Indian journal of veterinary science and animal husbandry - Volume 6,
Year: 1936
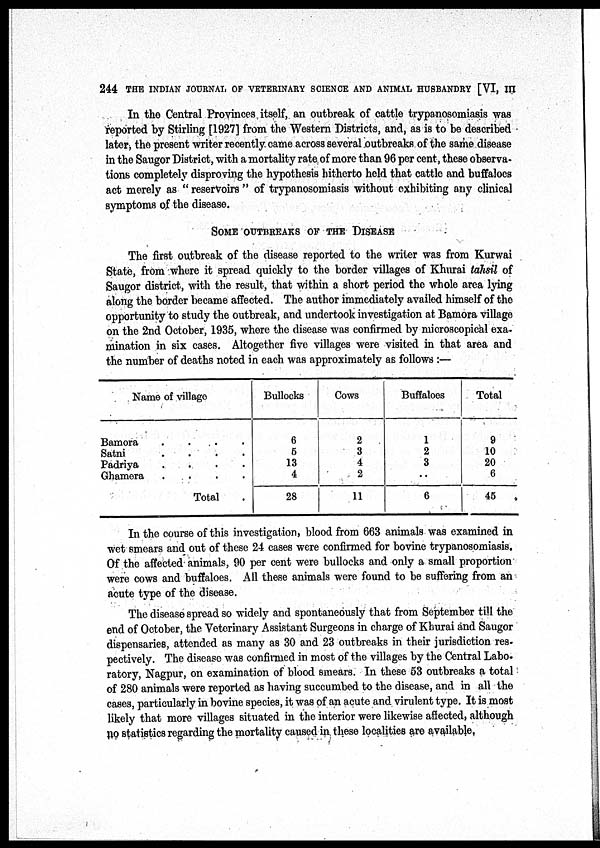
244 THE INDIAN JOURNAL OF VETERINARY SCIENCE AND ANIMAL HUSBANDRY [VI, III
In the Central Provinces itself, an outbreak of cattle trypanosomiasis was
reported by Stirling [1927] from the Western Districts, and, as is to be described
later, the present writer recently came across several outbreaks of the same disease
in the Saugor District, with a mortality rate of more than 96 per cent, these observa-
tions completely disproving the hypothesis hitherto held that cattle and buffaloes
act merely as " reservoirs " of trypanosomiasis without exhibiting any clinical
symptoms of the disease.
SOME OUTBREAKS OF THE DISEASE
The first outbreak of the disease reported to the writer was from Kurwai
State, from where it spread quickly to the border villages of Khurai tahsil of
Saugor district, with the result, that within a short period the whole area lying
along the border became affected. The author immediately availed himself of the
opportunity to study the outbreak, and undertook investigation at Bamora village
on the 2nd October, 1935, where the disease was confirmed by microscopical exa¬
mination in six cases. Altogether five villages were visited in that area and
the number of deaths noted in each was approximately as follows :—
Name of village
Bamora
....
Satni
....
Padriya
....
Ghamera
....
Total
Bullocks
6
5
13
4
28
Cows
2
3
4
2
11
Buffaloes
1
2
3
..
6
Total
9
10
20
6
45
In the course of this investigation, blood from 663 animals was examined in
wet smears and out of these 24 cases were confirmed for bovine trypanosomiasis.
Of the affected animals, 90 per cent were bullocks and only a small proportion
were cows and buffaloes. All these animals were found to be suffering from an
acute type of the disease.
The disease spread so widely and spontaneously that from September till the
end of October, the Veterinary Assistant Surgeons in charge of Khurai and Saugor
dispensaries, attended as many as 30 and 23 outbreaks in their jurisdiction res¬
pectively. The disease was confirmed in most of the villages by the Central Labo-
ratory, Nagpur, on examination of blood smears. In these 53 outbreaks a total
of 280 animals were reported as having succumbed to the disease, and in all the
cases, particularly in bovine species, it was of an acute and virulent type. It is most
likely that more villages situated in the interior were likewise affected, although
no statistics regarding the mortality caused in these localities are available,